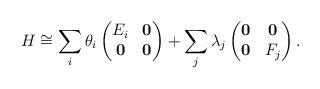
LaTeX: \begin{align*}H\cong\sum_i \theta_i \begin{pmatrix}E_i&\mathbf{0}\\\mathbf{0}&\mathbf{0}\end{pmatrix}+\sum_j \lambda_j \begin{pmatrix}\mathbf{0}&\mathbf{0}\\\mathbf{0}&F_j\end{pmatrix}.\end{align*}